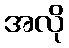
အလို